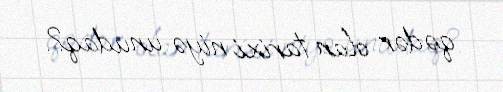
qədər olan tarixi niyə unudaq?.